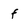
Character: f